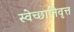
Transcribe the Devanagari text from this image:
स्वेच्छानिवृत्त